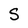
Character: S